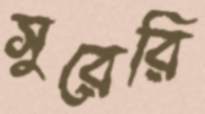
সুরেরি